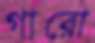
গারো